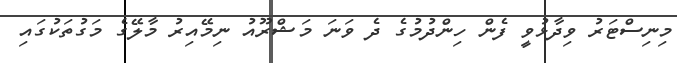
މިނިސްޓަރު ވިދާޅުވީ ފެން ހިންދުމުގެ ދެ ވަނަ މަޝްރޫއު ނިމޭއިރު މާލޭގެ މަގުތަކުގައި